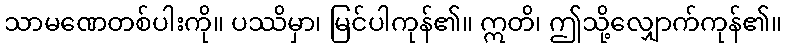
သာမဏေတစ်ပါးကို။ ပဿိမှာ၊ မြင်ပါကုန်၏။ ဣတိ၊ ဤသို့လျှောက်ကုန်၏။